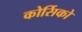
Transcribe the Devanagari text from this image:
कोर्सिको